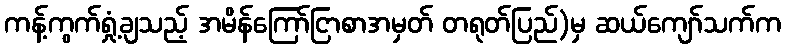
ကန့်ကွက်ရှုံ့ချသည့် အမိန်ကြော်ငြာစာအမှတ် တရုတ်ပြည်)မှ ဆယ်ကျော်သက်က